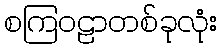
စကြဝဠာတစ်ခုလုံး